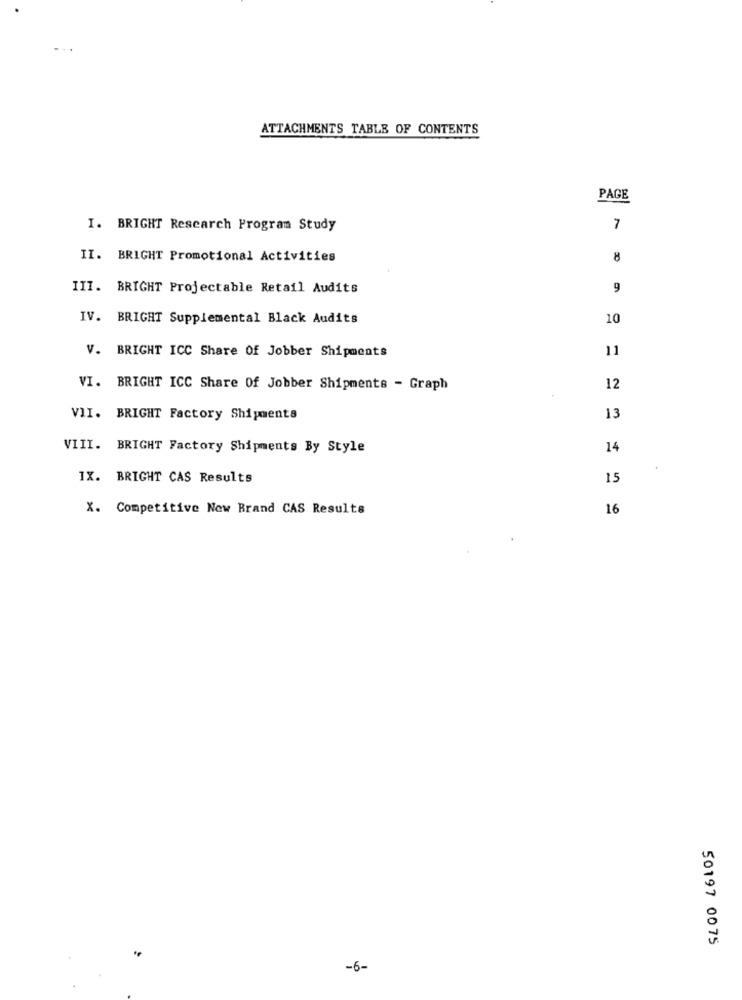
..
ATTACHMENTS TABLE OF CONTENTS
PAGE
I. BRIGHT Research Program Study
7
II. BRIGHT Promotional Activities
8
III. BRIGHT Projectable Retail Audits
9
IV. BRIGHT Supplemental Black Audits
10
V. BRIGHT ICC Share Of Jobber Shipments
11
VI. BRIGHT ICC Share Of Jobber Shipments - Graph
12
VII. BRIGHT Factory Shipments
13
VIII. BRIGHT Factory Shipments By Style
14
IX. BRIGHT CAS Results
15
X. Competitive New Brand CAS Results
16
50197 0075
-6-